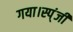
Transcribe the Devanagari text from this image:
गया।स्प्ंजी